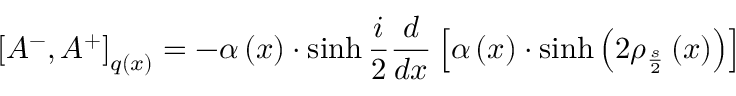
\left[ A ^ { - } , A ^ { + } \right] _ { q \left( x \right) } = - \alpha \left( x \right) \cdot \sinh { } \frac i 2 \frac d { d x } \left[ \alpha \left( x \right) \cdot \sinh \left( 2 \rho _ { \frac s 2 } \left( x \right) \right) \right]